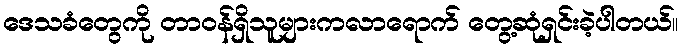
ဒေသခံတွေကို တာဝန်ရှိသူများကလာရောက် တွေ့ဆုံရှင်းခဲ့ပါတယ်။